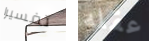
تفسيرا عقله